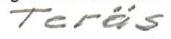
Teräs